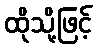
ထိုသို့ဖြင့်